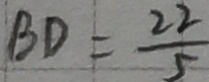
B D = \frac { 2 2 } { 5 }